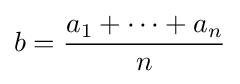
b={\frac {a_{1}+\cdots +a_{n}}{n}}